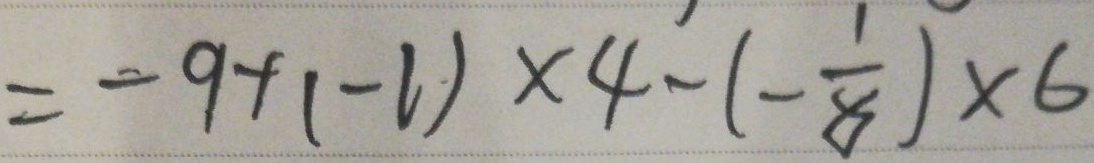
= - 9 + ( - 1 ) \times 4 - ( - \frac { 1 } { 8 } ) \times 6